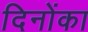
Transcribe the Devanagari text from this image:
दिनोंका